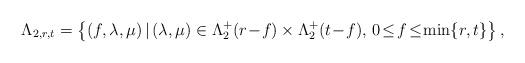
LaTeX: \begin{align*} \Lambda_{2, r,t} = \left\{ (f,\lambda, \mu )\,|\, (\lambda, \mu) \in \Lambda_2^+(r\!-\!f)\times \Lambda_2^+(t\!-\!f),\, 0\!\le\! f\! \le\! \min \{r,t \} \right\},\end{align*}